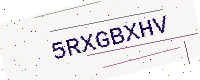
Text: 5RXGBXHV